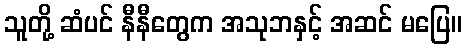
သူတို့ ဆံပင် နီနီတွေက အသုဘနှင့် အဆင် မပြေ။